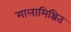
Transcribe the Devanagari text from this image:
मालामिश्रित